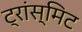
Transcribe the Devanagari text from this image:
ट्रांस्मिट